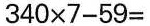
$$3 4 0\times7-5 9$$=